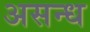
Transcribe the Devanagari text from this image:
असन्ध